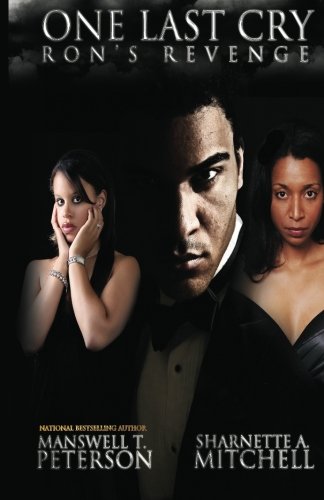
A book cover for One Last Cry: Ron's Revenge (Volume 2); Manswell T Peterson; Literature & Fiction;